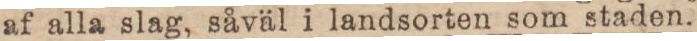
af alla slag, såväl i landsorten som staden.